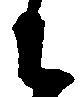
に